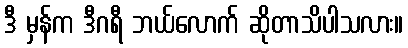
ဒီ မှန်က ဒီဂရီ ဘယ်လောက် ဆိုတာသိပါသလား။